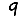
Digit: 9